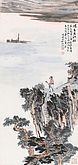
昨夜江边春水生，艨艟巨舰一毛轻。